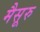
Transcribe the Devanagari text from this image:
मैसूरु